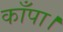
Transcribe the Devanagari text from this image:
काँपा।